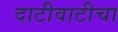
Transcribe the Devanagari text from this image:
दाटीवाटीचा